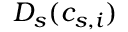
D _ { s } { ( c _ { s , i } ) }